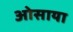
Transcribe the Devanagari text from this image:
ओसाया